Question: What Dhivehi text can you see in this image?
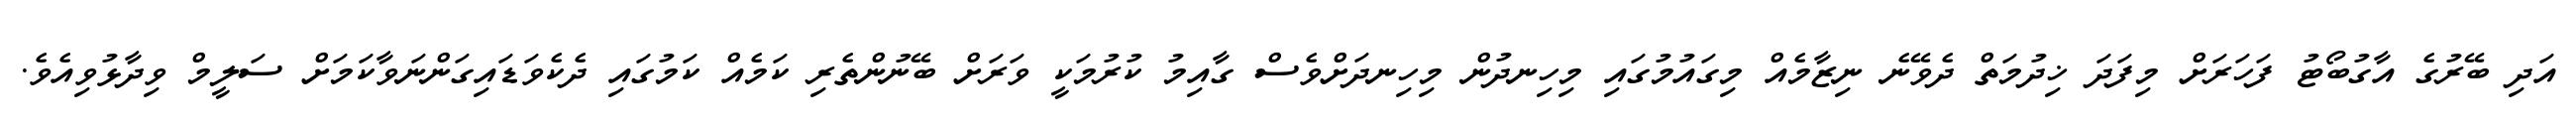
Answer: އަދި ބޭރުގެ އާގުބޯޓު ފަހަރަށް މިފަދަ ޚިދުމަތް ދެވޭނެ ނިޒާމެއް މިގައުމުގައި މިހިނދުން މިހިނދަށްވެސް ގާއިމު ކުރުމަކީ ވަރަށް ބޭނުންތެރި ކަމެއް ކަމުގައި ދެކެވަޑައިގަންނަވާކަމަށް ސަލީމް ވިދާޅުވިއެވެ.